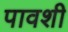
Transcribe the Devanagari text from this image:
पावशी